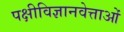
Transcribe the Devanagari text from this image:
पक्षीविज्ञानवेत्ताओं